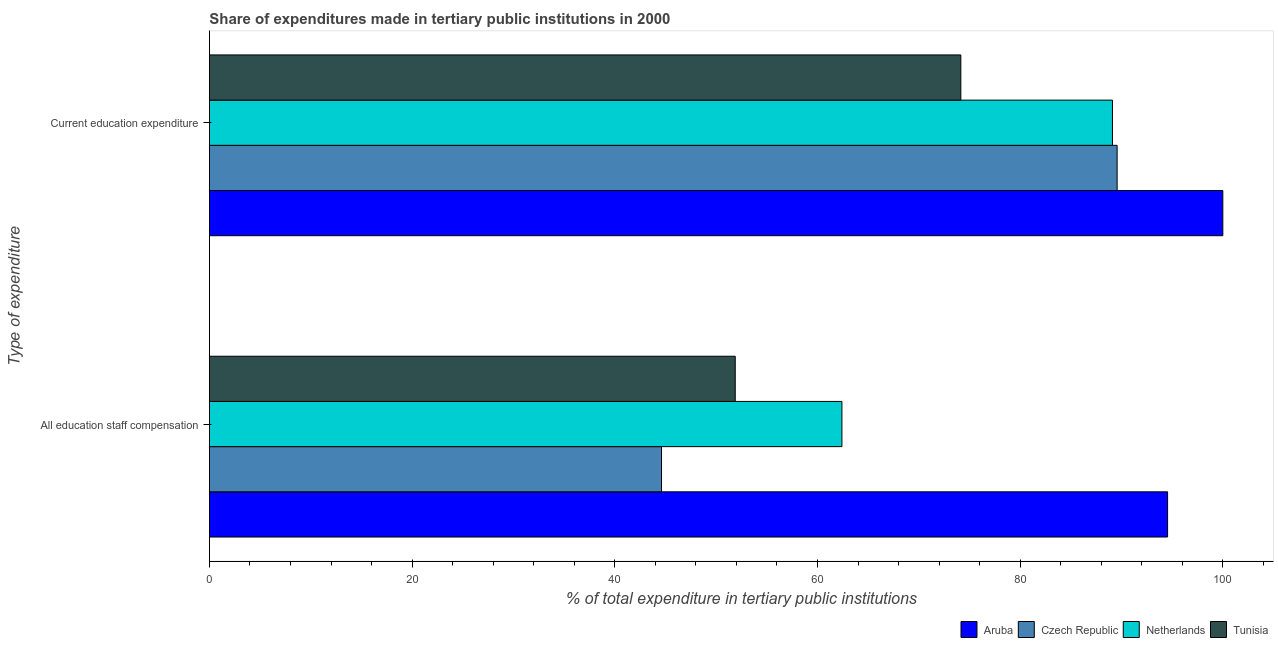
| Type of expenditure | Aruba | Czech Republic | Netherlands | Tunisia |
 | --- | --- | --- | --- | --- |
 | All education staff compensation | 94.5 | 44.6 | 62.4 | 51.9 |
 | Current education expenditure | 100 | 89.6 | 89.1 | 74.1 |